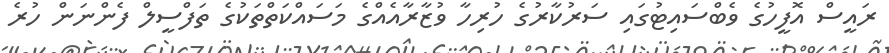
ރައީސް އޮފީހުގެ ވެބްސައިޓުގައި ސަރުކާރުގެ ހުރިހާ ވުޒާރާއެއްގެ މަސައްކަތްތަކުގެ ތަފްސީލް ފެންނަން ހުރެ